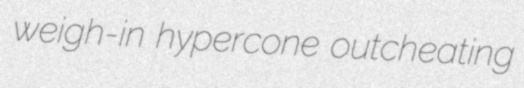
weigh-in hypercone outcheating